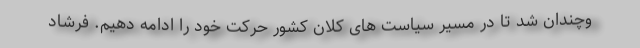
وچندان شد تا در مسیر سیاست های کلان کشور حرکت خود را ادامه دهیم. فرشاد